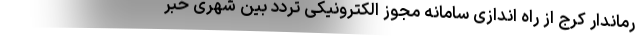
رماندار کرج از راه اندازی سامانه مجوز الکترونیکی تردد بین شهری خبر